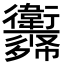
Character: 𢖨